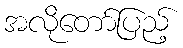
အလိုတော်ပြည့်